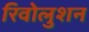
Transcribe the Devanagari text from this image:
रिवोलुशन